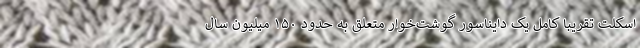
اسکلت تقریبا کامل یک دایناسور گوشت‌خوار متعلق به حدود ۱۵۰ میلیون سال